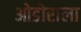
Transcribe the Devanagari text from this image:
ओडोराला